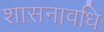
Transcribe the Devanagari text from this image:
शासनावधि